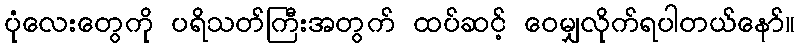
ပုံလေးတွေကို ပရိသတ်ကြီးအတွက် ထပ်ဆင့် ဝေမျှလိုက်ရပါတယ်နော်။